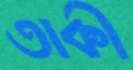
তাকী